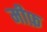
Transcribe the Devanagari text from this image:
मीफ़